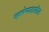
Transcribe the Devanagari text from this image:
खारेपाटातील